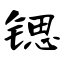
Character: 锶